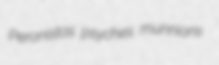
Peronistas psyches munnions